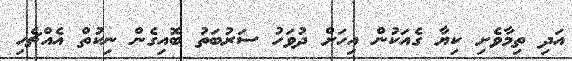
އަދި ތިމާވެށި ކިޔާ ގެއަކުން އިހަށް ދުވަހު ސަރުބަތު ބޮއިގެން ނިކުތް އެއްޗެހި